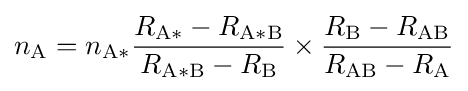
n_{\mathrm {A} }=n_{\mathrm {A*} }{\frac {R_{\mathrm {A*} }-R_{\mathrm {A*B} }}{R_{\mathrm {A*B} }-R_{\mathrm {B} }}}\times {\frac {R_{\mathrm {B} }-R_{\mathrm {AB} }}{R_{\mathrm {AB} }-R_{\mathrm {A} }}}